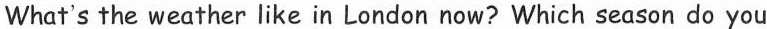
What's the weather like in London now? Which season do you